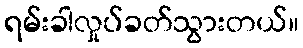
ရမ်းခါလှုပ်ခတ်သွားတယ်။